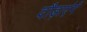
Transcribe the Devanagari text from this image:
दौड़ाएंगें